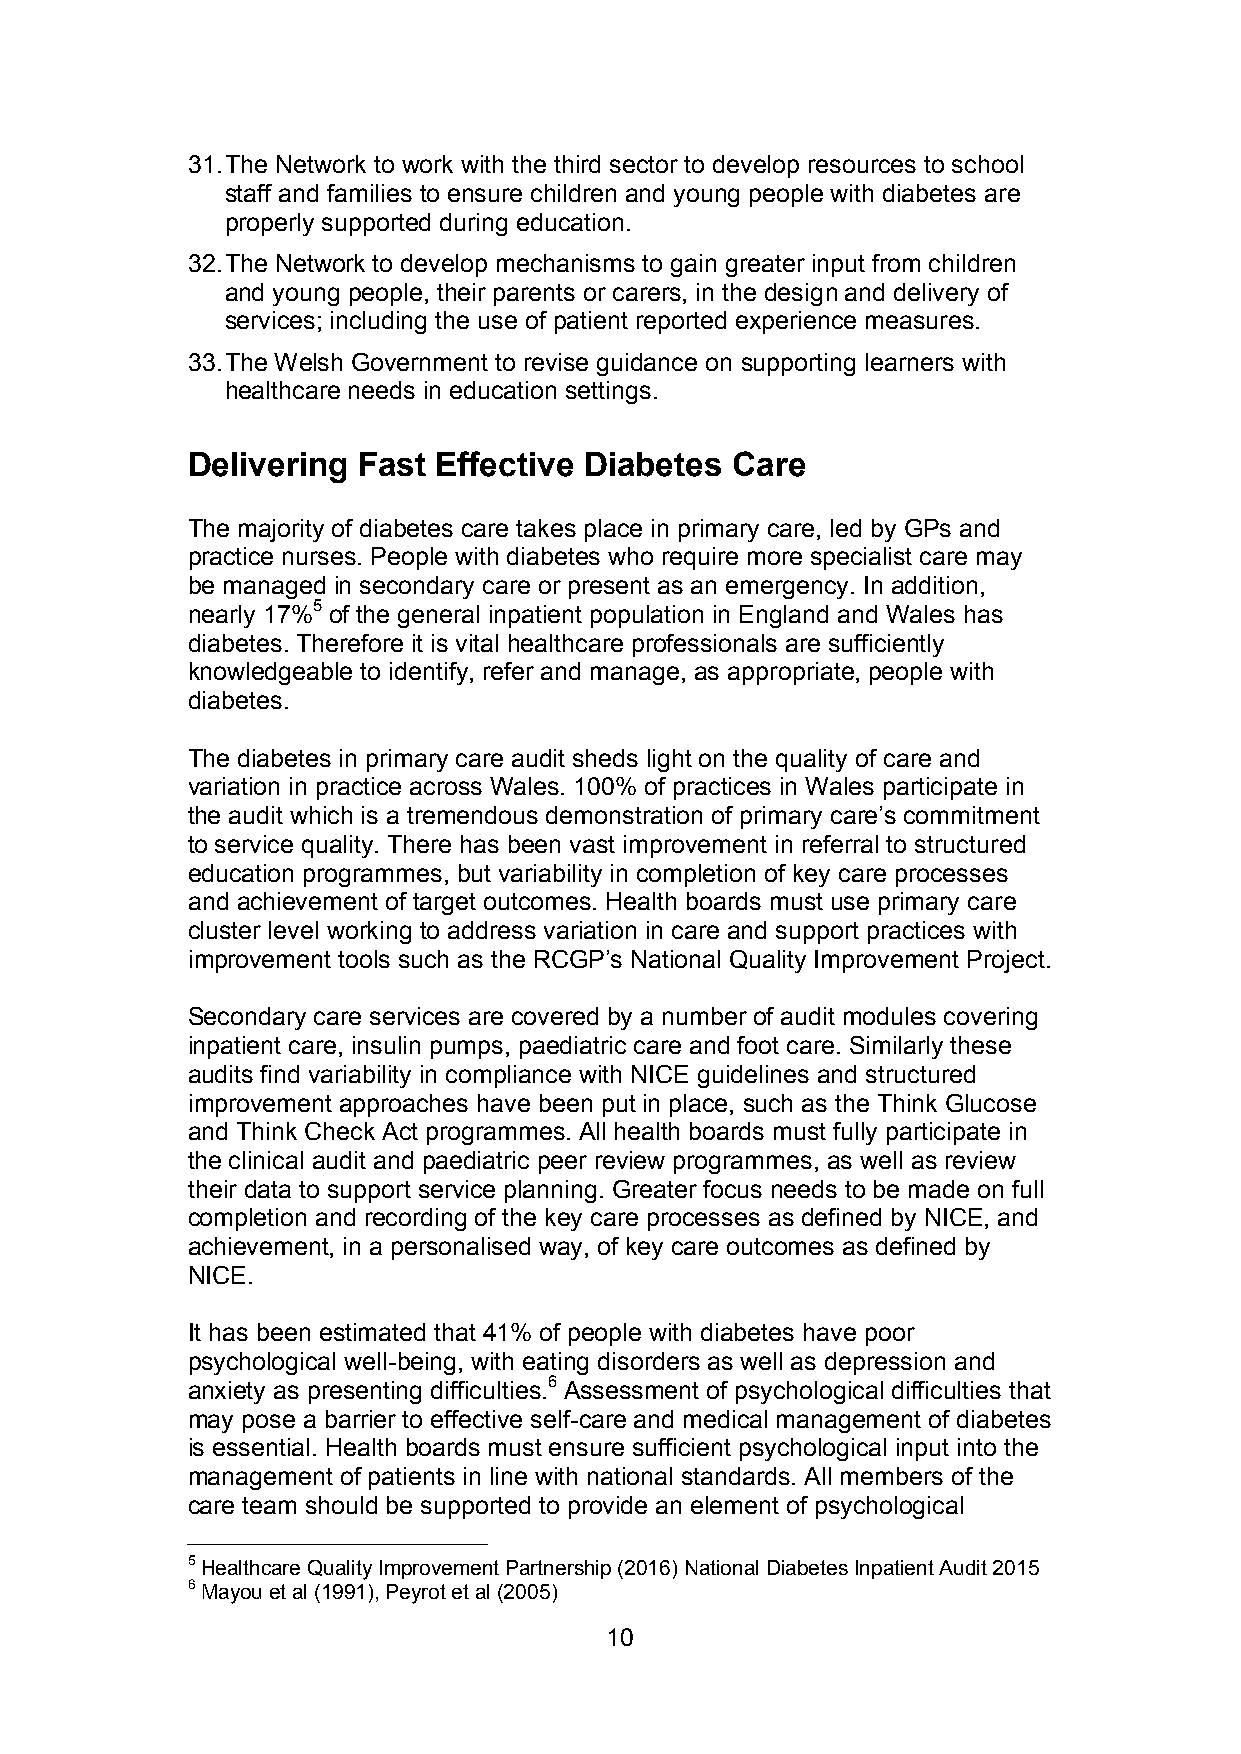
31.The Network to work with the third sector to develop resources to school
 staff and families to ensure children and young people with diabetes are
 properly supported during education.
 32.The Network to develop mechanisms to gain greater input from children
 and young people, their parents or carers, in the design and delivery of
 services; including the use of patient reported experience measures.
 33.The Welsh Government to revise guidance on supporting learners with
 healthcare needs in education settings.
 Delivering  Fast Effective Diabetes Care
 The majority of diabetes care takes place in primary care, led by GPs and
 practice nurses. People with diabetes who require more specialist care may
 be managed in secondary care or present as an emergency. In addition,
 nearly 17%5 of the general inpatient population in England and Wales has
 diabetes. Therefore it is vital healthcare professionals are sufficiently
 knowledgeable to identify, refer and manage, as appropriate, people with
 diabetes.
 The diabetes in primary care audit sheds light on the quality of care and
 variation in practice across Wales. 100% of practices in Wales participate in
 the audit which is a tremendous demonstration of primary care’s commitment
 to service quality. There has been vast improvement in referral to structured
 education programmes, but variability in completion of key care processes
 and achievement of target outcomes. Health boards must use primary care
 cluster level working to address variation in care and support practices with
 improvement tools such as the RCGP’s National Quality Improvement Project.
 Secondary care services are covered by a number of audit modules covering
 inpatient care, insulin pumps, paediatric care and foot care. Similarly these
 audits find variability in compliance with NICE guidelines and structured
 improvement approaches have been put in place, such as the Think Glucose
 and Think Check Act programmes. All health boards must fully participate in
 the clinical audit and paediatric peer review programmes, as well as review
 their data to support service planning. Greater focus needs to be made on full
 completion and recording of the key care processes as defined by NICE, and
 achievement, in a personalised way, of key care outcomes as defined by
 NICE.
 It has been estimated that 41% of people with diabetes have poor
 psychological well-being, with eating disorders as well as depression and
 anxiety as presenting difficulties.6 Assessment of psychological difficulties that
 may pose a barrier to effective self-care and medical management of diabetes
 is essential. Health boards must ensure sufficient psychological input into the
 management of patients in line with national standards. All members of the
 care team should be supported to provide an element of psychological
 5Healthcare Quality Improvement Partnership (2016) National Diabetes Inpatient Audit 2015
 6Mayou et al (1991), Peyrot et al (2005)
 10